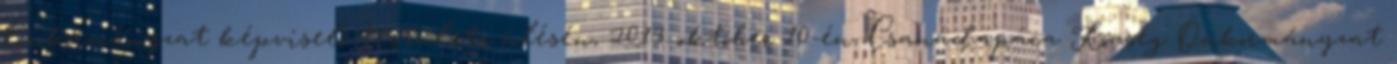
Önkormányzat képviselő-testületi ülésén, 2013. október 10-én, Csanádapáca Község Önkormányzat